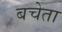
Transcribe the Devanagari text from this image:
बचेता